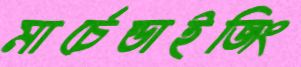
মার্চেন্ডাইজিং